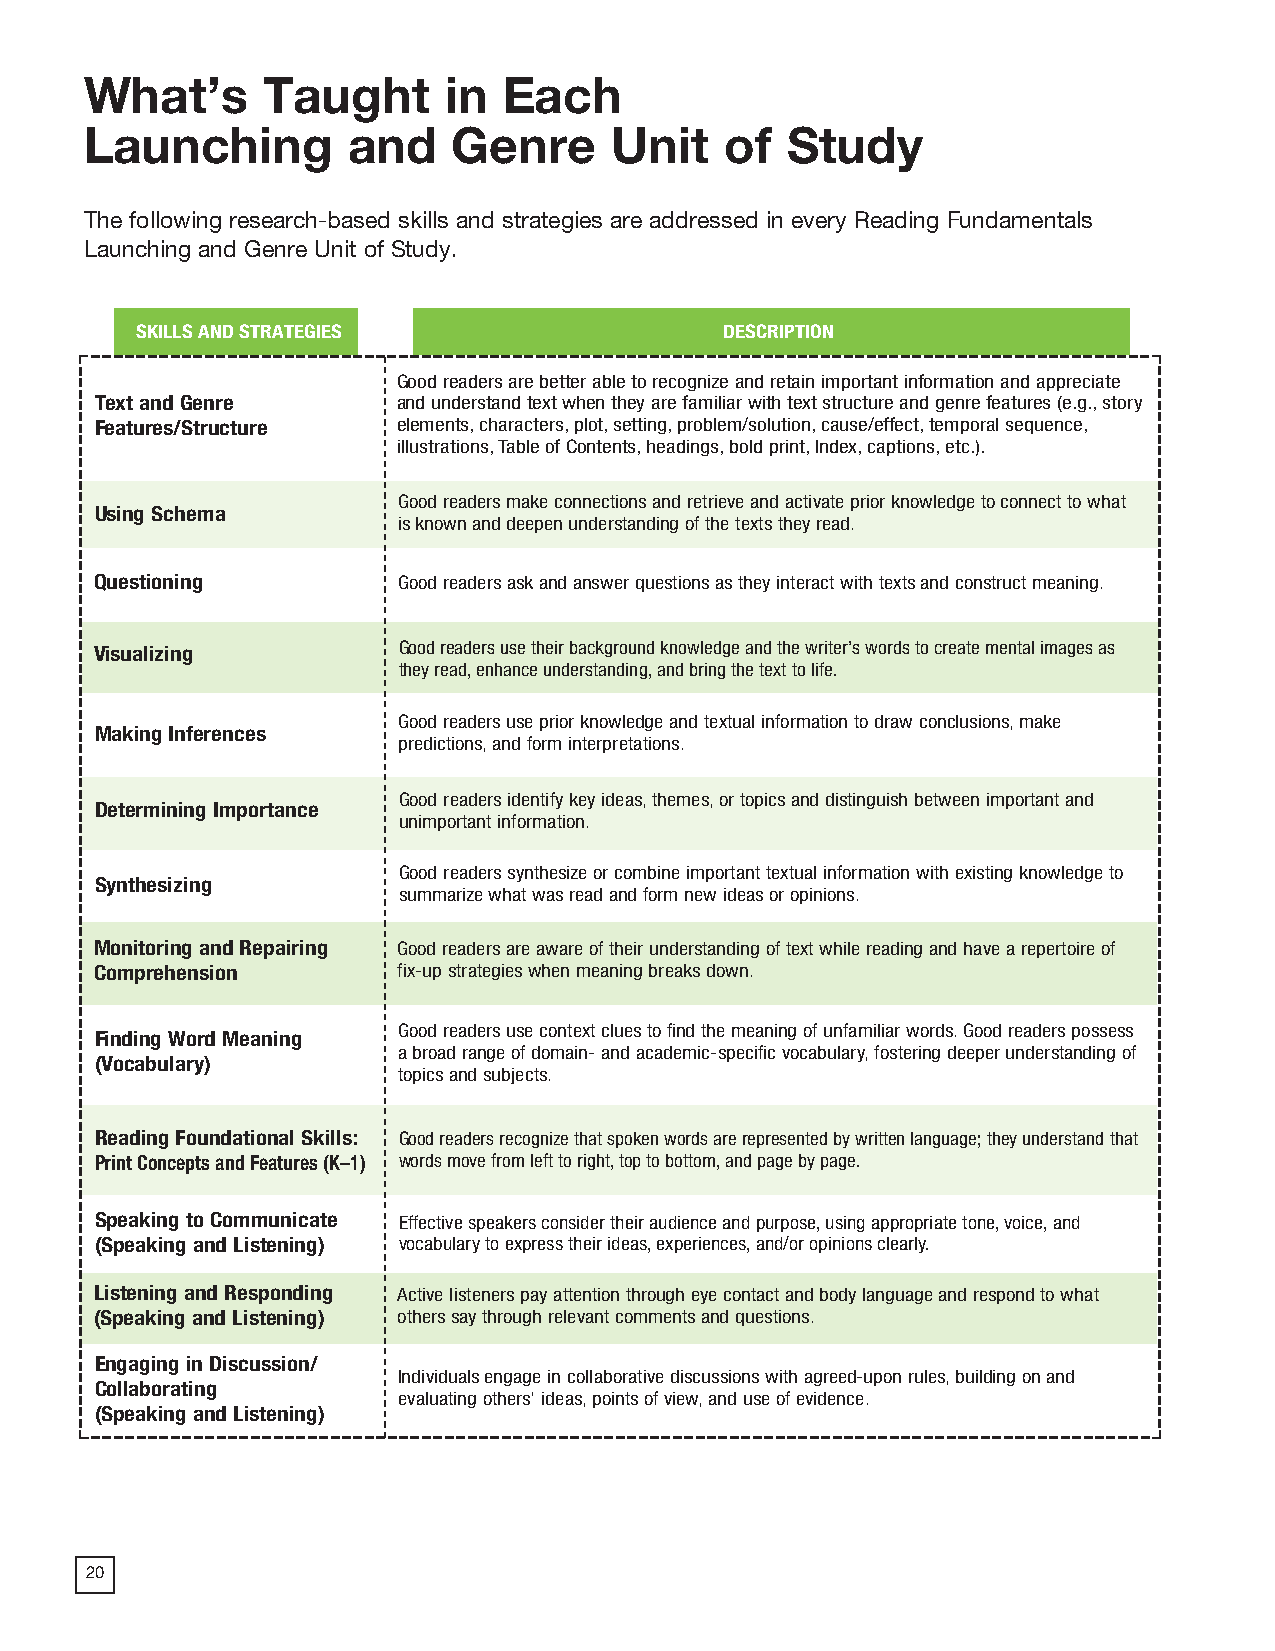
2018 ProdSamp_Layout 1 7/28/17 12:08 PM Page 74
 What’s     Taught      in  Each
 Launching        and    Genre      Unit   of  Study
 The following research-based skills and strategies are addressed in every Reading Fundamentals
 Launching and Genre Unit of Study.
 SKILLS AND STRATEGIES                  DESCRIPTION
 Good readers are better able to recognize and retain important information and appreciate
 Text and Genre      and understand text when they are familiar with text structure and genre features (e.g., story
 Features/Structure  elements, characters, plot, setting, problem/solution, cause/effect, temporal sequence,
 illustrations, Table of Contents, headings, bold print, Index, captions, etc.).
 Good readers make connections and retrieve and activate prior knowledge to connect to what
 Using Schema
 is known and deepen understanding of the texts they read.
 Questioning         Good readers ask and answer questions as they interact with texts and construct meaning.
 Visualizing         Good readers use their background knowledge and the writer’s words to create mental images as
 they read, enhance understanding, and bring the text to life.
 Good readers use prior knowledge and textual information to draw conclusions, make
 Making Inferences
 predictions, and form interpretations.
 Good readers identify key ideas, themes, or topics and distinguish between important and
 Determining Importance
 unimportant information.
 Good readers synthesize or combine important textual information with existing knowledge to
 Synthesizing
 summarize what was read and form new ideas or opinions.
 Monitoring and Repairing Good readers are aware of their understanding of text while reading and have a repertoire of
 Comprehension       fix-up strategies when meaning breaks down.
 Good readers use context clues to find the meaning of unfamiliar words. Good readers possess
 Finding Word Meaning
 a broad range of domain- and academic-specific vocabulary, fostering deeper understanding of
 (Vocabulary)
 topics and subjects.
 Reading Foundational Skills: Good readers recognize that spoken words are represented by written language; they understand that
 Print Concepts and Features (K–1) words move from left to right, top to bottom, and page by page.
 Speaking to Communicate Effective speakers consider their audience and purpose, using appropriate tone, voice, and
 (Speaking and Listening) vocabulary to express their ideas, experiences, and/or opinions clearly.
 Listening and Responding Active listeners pay attention through eye contact and body language and respond to what
 (Speaking and Listening) others say through relevant comments and questions.
 Engaging in Discussion/
 Individuals engage in collaborative discussions with agreed-upon rules, building on and
 Collaborating
 evaluating others’ ideas, points of view, and use of evidence.
 (Speaking and Listening)
 59
 20